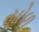
સોળ